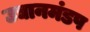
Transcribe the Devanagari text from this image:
उद्यानमंडप